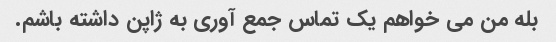
بله من می خواهم یک تماس جمع آوری به ژاپن داشته باشم.